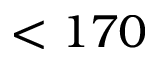
< 1 7 0